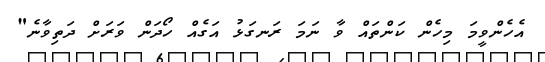
އެހެންވީމަ މިހެން ކަންތައް ވާ ނަމަ ރަނގަޅު އަގެއް ހޯދަން ވަރަށް ދަތިވާނެ"